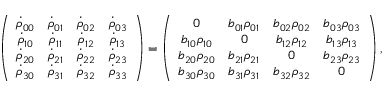
\left( \begin{array} { c c c c } { \dot { \rho } _ { 0 0 } } & { \dot { \rho } _ { 0 1 } } & { \dot { \rho } _ { 0 2 } } & { \dot { \rho } _ { 0 3 } } \\ { \dot { \rho } _ { 1 0 } } & { \dot { \rho } _ { 1 1 } } & { \dot { \rho } _ { 1 2 } } & { \dot { \rho } _ { 1 3 } } \\ { \dot { \rho } _ { 2 0 } } & { \dot { \rho } _ { 2 1 } } & { \dot { \rho } _ { 2 2 } } & { \dot { \rho } _ { 2 3 } } \\ { \dot { \rho } _ { 3 0 } } & { \dot { \rho } _ { 3 1 } } & { \dot { \rho } _ { 3 2 } } & { \dot { \rho } _ { 3 3 } } \end{array} \right) = \left( \begin{array} { c c c c } { 0 } & { b _ { 0 1 } \rho _ { 0 1 } } & { b _ { 0 2 } \rho _ { 0 2 } } & { b _ { 0 3 } \rho _ { 0 3 } } \\ { b _ { 1 0 } \rho _ { 1 0 } } & { 0 } & { b _ { 1 2 } \rho _ { 1 2 } } & { b _ { 1 3 } \rho _ { 1 3 } } \\ { b _ { 2 0 } \rho _ { 2 0 } } & { b _ { 2 1 } \rho _ { 2 1 } } & { 0 } & { b _ { 2 3 } \rho _ { 2 3 } } \\ { b _ { 3 0 } \rho _ { 3 0 } } & { b _ { 3 1 } \rho _ { 3 1 } } & { b _ { 3 2 } \rho _ { 3 2 } } & { 0 } \end{array} \right) ,